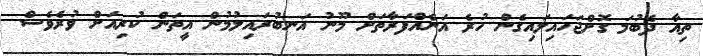
ތިއާ ދެބުމަ ގޮށްޖަހައިލައިގެން ހުރެ އަނެއްފަރާތަށް މޫނު އަނބުރައިލުމުން އީތަން ކުރިއަށް ވުރެވެސް